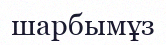
шарбымұз